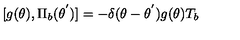
[ g ( \theta ) , { \Pi } _ { b } ( { \theta } ^ { ' } ) ] = - { \delta } ( { \theta } - { \theta } ^ { ' } ) g ( \theta ) T _ { b }